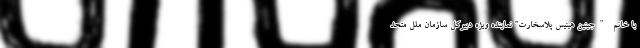
با خانم "جینین هینیس پلاسخارت” نماینده ویژه دبیرکل سازمان ملل متحد